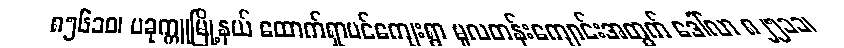
၈၅၆၁ဝ၊ ပခုက္ကူမြို့နယ် ထောက်ရှာပင်ကျေးရွာ မူလတန်းကျောင်းအတွက် ဒေါ်လာ ၈၂၅၁၁၊